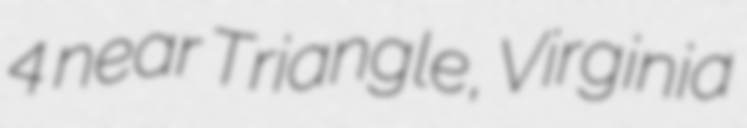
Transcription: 4 near Triangle, Virginia